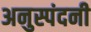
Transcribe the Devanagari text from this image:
अनुस्पंदनी